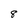
Character: 8